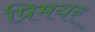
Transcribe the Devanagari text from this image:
प्रिमयर